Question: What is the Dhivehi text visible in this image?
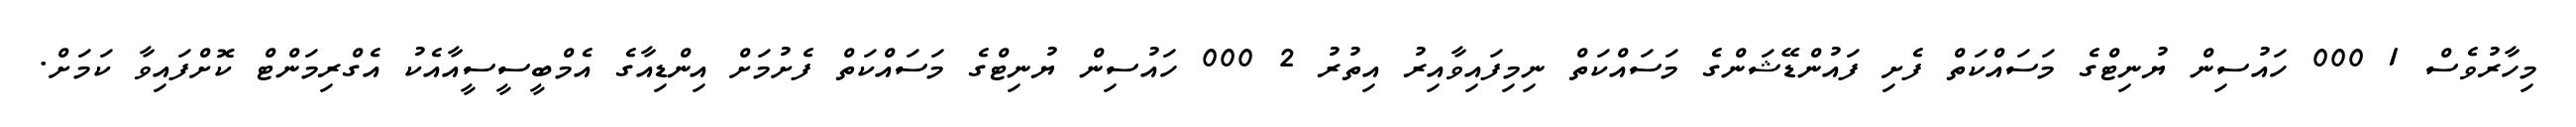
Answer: މިހާރުވެސް 1 000 ހައުސިން ޔުނިޓްގެ މަސައްކަތް ފެށި ފައުންޑޭޝަންގެ މަސައްކަތް ނިމިފައިވާއިރު އިތުރު 2 000 ހައުސިން ޔުނިޓްގެ މަސައްކަތް ފެށުމަށް އިންޑިއާގެ އެމްބީސީސީއާއެކު އެގްރިމަންޓް ކޮށްފައިވާ ކަމަށް.